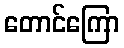
တောင်ကြော